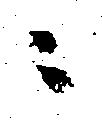
ニ